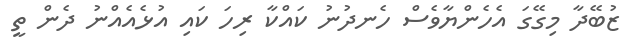
ޒުބޭދާ މިގޭގަ އެހެންޔާވެސް ހެނދުނު ކައްކާ ރިހަ ކައި އުޅެއެއްނު ދެން ތީ